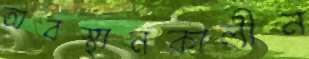
অবস্থানকালীন